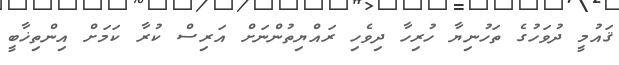
ޤައުމީ ދުވަހުގެ ތަހުނިޔާ ހުރިހާ ދިވެހި ރައްޔިތުންނަށް އަރިސް ކުރާ ކަމަށް އިންތިޚާބީ